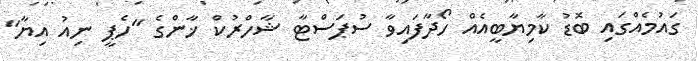
ގައުމެއްގައި ބޮޑު ކާމިޔާބީއެއް ހޯދާފައިވާ ސުޕަސްޓާ ޝާހްރުކް ޚާންގެ "ހެޕީ ނިއު އިޔާ"